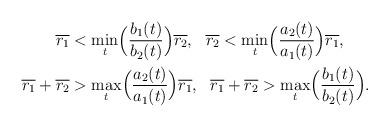
LaTeX: \begin{align*}\overline{r_1}&<\underset{t}{\min}\Big(\frac{b_1(t)}{b_2(t)}\Big)\overline{r_2},\ \ \overline{r_2}<\underset{t}{\min}\Big(\frac{a_2(t)}{a_1(t)}\Big)\overline{r_1},\\ \overline{r_1}+\overline{r_2}&>\underset{t}{\max}\Big(\frac{a_2(t)}{a_1(t)}\Big)\overline{r_1},\ \ \overline{r_1}+\overline{r_2}>\underset{t}{\max}\Big(\frac{b_1(t)}{b_2(t)}\Big).\end{align*}